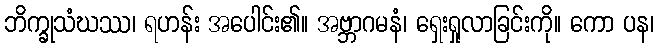
ဘိက္ခုသံဃဿ၊ ရဟန်း အပေါင်း၏။ အဗ္ဘာဂမနံ၊ ရှေးရှုလာခြင်းကို။ ကော ပန၊